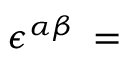
\boldsymbol { \epsilon } ^ { \alpha \beta } \: = \: